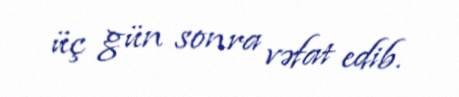
üç gün sonra vəfat edib.